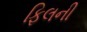
ફિલની